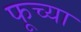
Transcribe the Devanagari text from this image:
फूच्या